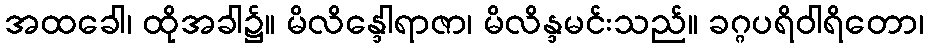
အထခေါ၊ ထိုအခါ၌။ မိလိန္ဒေါရာဇာ၊ မိလိန္ဒမင်းသည်။ ခဂ္ဂပရိဝါရိတော၊